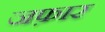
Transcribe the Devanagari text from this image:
जफ़ार